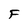
Character: F